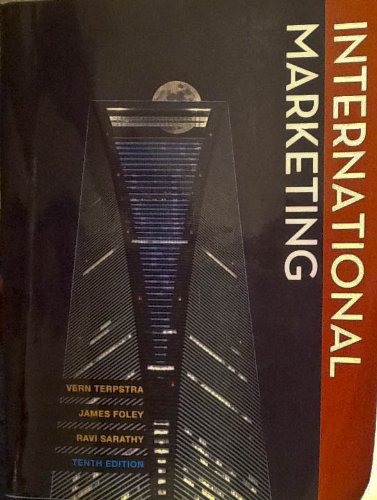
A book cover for International Marketing; Vern Terpstra; Business & Money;